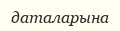
даталарына